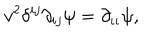
v ^ { 2 } \delta ^ { i j } \partial _ { i j } \psi = \partial _ { \iota \iota } \psi ,